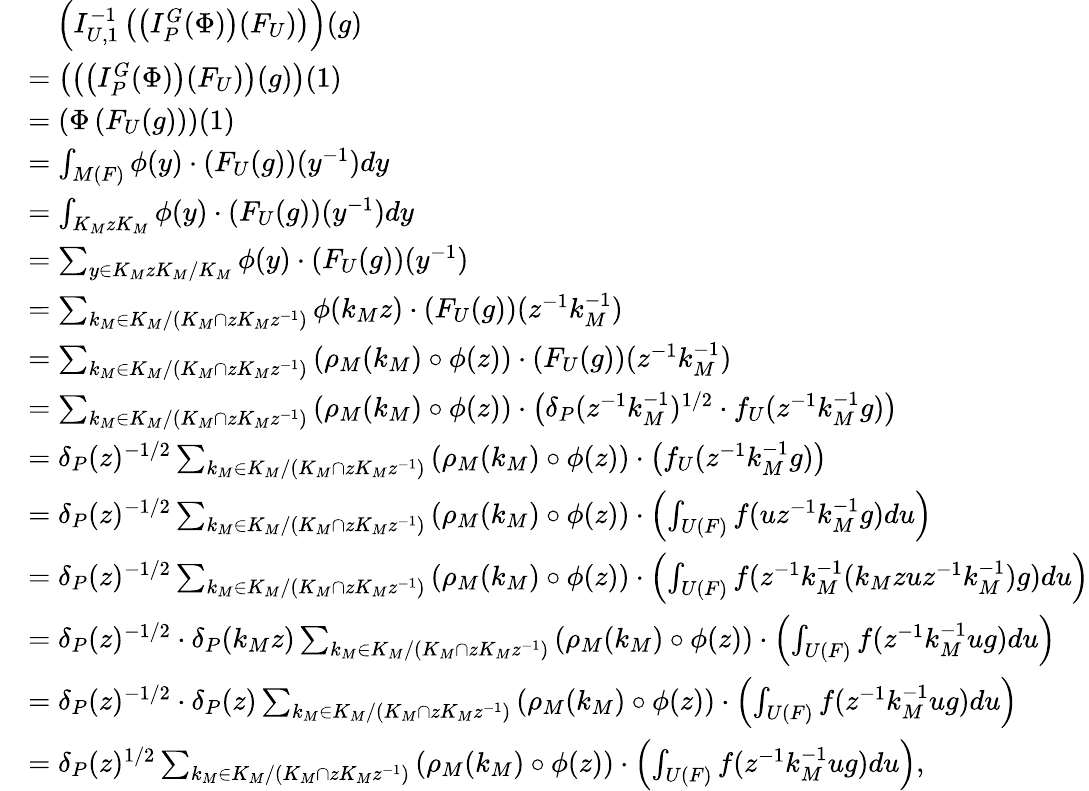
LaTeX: \begin{array}{rl}&{\quad\left(I_{U,1}^{-1}\left(\left(I_{P}^{G}(\Phi)\right)(F_{U})\right)\right)(g)}\\ &{=\left(\left(\left(I_{P}^{G}(\Phi)\right)(F_{U})\right)(g)\right)(1)}\\ &{=\left(\Phi\left(F_{U}(g)\right)\right)(1)}\\ &{=\int_{M(F)}\phi(y)\cdot\left(F_{U}(g)\right)(y^{-1})dy}\\ &{=\int_{K_{M}zK_{M}}\phi(y)\cdot\left(F_{U}(g)\right)(y^{-1})dy}\\ &{=\sum_{y\in K_{M}zK_{M}/K_{M}}\phi(y)\cdot\left(F_{U}(g)\right)(y^{-1})}\\ &{=\sum_{k_{M}\in K_{M}/(K_{M}\cap zK_{M}z^{-1})}\phi(k_{M}z)\cdot\left(F_{U}(g)\right)(z^{-1}k_{M}^{-1})}\\ &{=\sum_{k_{M}\in K_{M}/(K_{M}\cap zK_{M}z^{-1})}\left(\rho_{M}(k_{M})\circ\phi(z)\right)\cdot\left(F_{U}(g)\right)(z^{-1}k_{M}^{-1})}\\ &{=\sum_{k_{M}\in K_{M}/(K_{M}\cap zK_{M}z^{-1})}\left(\rho_{M}(k_{M})\circ\phi(z)\right)\cdot\left(\delta_{P}(z^{-1}k_{M}^{-1})^{1/2}\cdot f_{U}(z^{-1}k_{M}^{-1}g)\right)}\\ &{=\delta_{P}(z)^{-1/2}\sum_{k_{M}\in K_{M}/(K_{M}\cap zK_{M}z^{-1})}\left(\rho_{M}(k_{M})\circ\phi(z)\right)\cdot\left(f_{U}(z^{-1}k_{M}^{-1}g)\right)}\\ &{=\delta_{P}(z)^{-1/2}\sum_{k_{M}\in K_{M}/(K_{M}\cap zK_{M}z^{-1})}\left(\rho_{M}(k_{M})\circ\phi(z)\right)\cdot\left(\int_{U(F)}f(uz^{-1}k_{M}^{-1}g)du\right)}\\ &{=\delta_{P}(z)^{-1/2}\sum_{k_{M}\in K_{M}/(K_{M}\cap zK_{M}z^{-1})}\left(\rho_{M}(k_{M})\circ\phi(z)\right)\cdot\left(\int_{U(F)}f(z^{-1}k_{M}^{-1}(k_{M}zuz^{-1}k_{M}^{-1})g)du\right)}\\ &{=\delta_{P}(z)^{-1/2}\cdot\delta_{P}(k_{M}z)\sum_{k_{M}\in K_{M}/(K_{M}\cap zK_{M}z^{-1})}\left(\rho_{M}(k_{M})\circ\phi(z)\right)\cdot\left(\int_{U(F)}f(z^{-1}k_{M}^{-1}ug)du\right)}\\ &{=\delta_{P}(z)^{-1/2}\cdot\delta_{P}(z)\sum_{k_{M}\in K_{M}/(K_{M}\cap zK_{M}z^{-1})}\left(\rho_{M}(k_{M})\circ\phi(z)\right)\cdot\left(\int_{U(F)}f(z^{-1}k_{M}^{-1}ug)du\right)}\\ &{=\delta_{P}(z)^{1/2}\sum_{k_{M}\in K_{M}/(K_{M}\cap zK_{M}z^{-1})}\left(\rho_{M}(k_{M})\circ\phi(z)\right)\cdot\left(\int_{U(F)}f(z^{-1}k_{M}^{-1}ug)du\right),}\end{array}